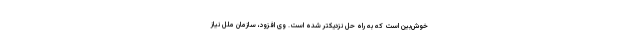
خوش‌بین است که به راه حل نزدیکتر شده است. وی افزود، سازمان ملل نیاز